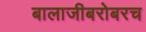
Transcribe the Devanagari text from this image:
बालाजीबरोबरच